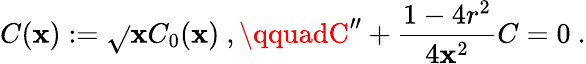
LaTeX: C(\mathbf{x}):=\sqrt{}{{\mathbf{x}}}C_{0}(\mathbf{x})~,\qquadC^{\prime\prime}+\frac{{1-4r^{2}}}{{4\mathbf{x}^{2}}}C=0~.